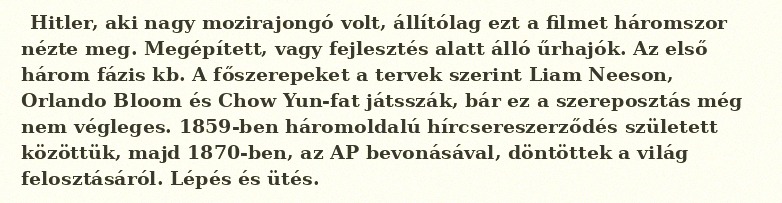
Hitler, aki nagy mozirajongó volt, állítólag ezt a filmet háromszor nézte meg. Megépített, vagy fejlesztés alatt álló űrhajók. Az első három fázis kb. A főszerepeket a tervek szerint Liam Neeson, Orlando Bloom és Chow Yun-fat játsszák, bár ez a szereposztás még nem végleges. 1859-ben háromoldalú hírcsereszerződés született közöttük, majd 1870-ben, az AP bevonásával, döntöttek a világ felosztásáról. Lépés és ütés.